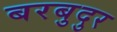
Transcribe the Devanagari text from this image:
बरबुदुर